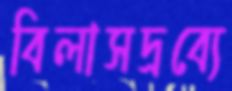
বিলাসদ্রব্যে